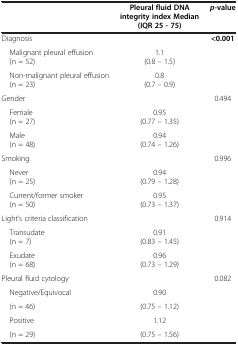
|  | Pleural fluid DNA integrity index Median (IQR 25 - 75) | p-value |
 | --- | --- | --- |
 | Diagnosis |  | <0.001 |
 | Malignant pleural effusion (n = 52) | 1.1 (0.8 – 1.5) |  |
 | Non-malignant pleural effusion (n = 23) | 0.8 (0.7 – 0.9) |  |
 | Gender |  | 0.494 |
 | Female (n = 27) | 0.95 (0.77 – 1.35) |  |
 | Male (n = 48) | 0.94 (0.74 – 1.26) |  |
 | Smoking |  | 0.996 |
 | Never (n = 25) | 0.94 (0.79 – 1.28) |  |
 | Current/former smoker (n = 50) | 0.95 (0.73 – 1.37) |  |
 | Light’s criteria classification |  | 0.914 |
 | Transudate (n = 7) | 0.91 (0.83 – 1.45) |  |
 | Exudate (n = 68) | 0.96 (0.73 – 1.29) |  |
 | Pleural fluid cytology |  | 0.082 |
 | Negative/Equivocal | 0.90 |  |
 | (n = 46) | (0.75 – 1.12) |  |
 | Positive | 1.12 |  |
 | (n = 29) | (0.75 – 1.56) |  |